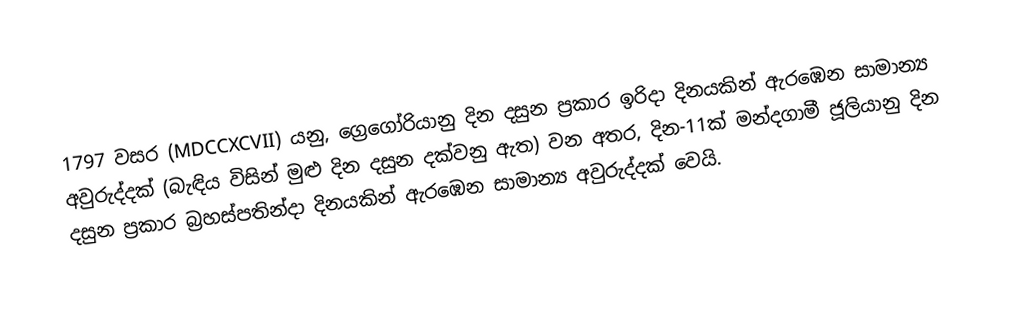

1797 වසර (MDCCXCVII) යනු, ග්‍රෙගෝරියානු දින දසුන ප්‍රකාර  ඉරිදා දිනයකින් ඇරඹෙන සාමාන්‍ය අවුරුද්දක් (බැඳිය විසින් මුළු දින දසුන දක්වනු ඇත)  වන අතර, දින-11ක් මන්දගාමී ජූලියානු දින දසුන ප්‍රකාර  බ්‍රහස්පතින්දා දිනයකින් ඇරඹෙන සාමාන්‍ය අවුරුද්දක් වෙයි.